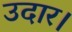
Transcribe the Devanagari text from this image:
उदार।